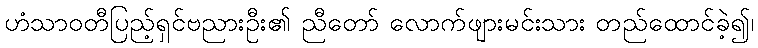
ဟံသာဝတီပြည့်ရှင်ဗညားဦး၏ ညီတော် လောက်ဖျားမင်းသား တည်ထောင်ခဲ့၍၊